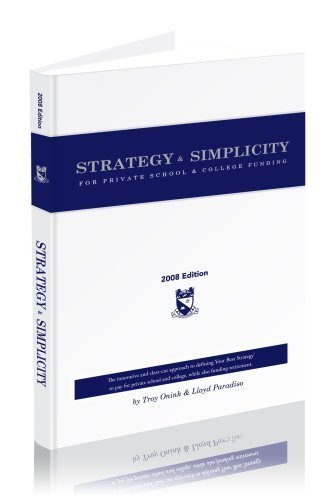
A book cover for Strategy & Simplicity: For Private School and College Funding; Troy Onink; Business & Money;